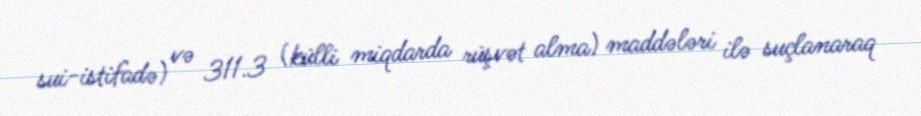
sui-istifadə) və 311.3 (külli miqdarda rüşvət alma) maddələri ilə suçlanaraq